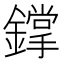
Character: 鐣